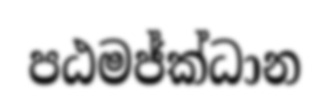
පඨමජ්ක්ධාන